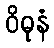
ဝိဓုနံ